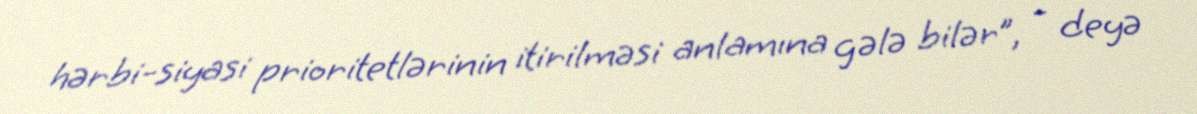
hərbi-siyasi prioritetlərinin itirilməsi anlamına gələ bilər”, - deyə